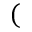
(